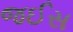
જઈસ